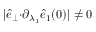
\vert \hat { e } _ { \perp } { \cdot } \partial _ { \lambda _ { 1 } } \hat { e } _ { 1 } ( 0 ) \vert \neq 0